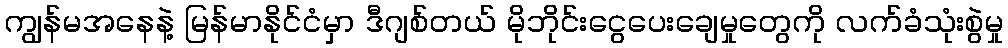
ကျွန်မအနေနဲ့ မြန်မာနိုင်ငံမှာ ဒီဂျစ်တယ် မိုဘိုင်းငွေပေးချေမှုတွေကို လက်ခံသုံးစွဲမှု